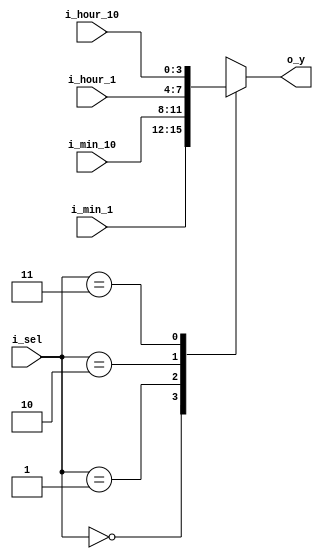
`timescale 1ns / 1ps

module MUX_4x1(
    input[3:0] i_min_1, i_min_10, i_hour_1, i_hour_10,
    input[1:0] i_sel,
    output[3:0] o_y
    );

    reg[3:0] r_y;
    assign o_y = r_y;

    always @(*) begin
        case(i_sel)
            2'b00 : r_y <= i_min_1;
            2'b01 : r_y <= i_min_10;
            2'b10 : r_y <= i_hour_1;
            2'b11 : r_y <= i_hour_10;
            
           
        endcase
    end
endmodule